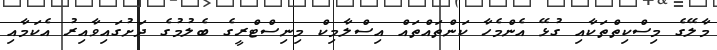
މާލޭގެ މިސްކިތްތަކާއި ގުޅޭ އެންމެހާ ކަންތައްތައް އިސްލާމިކް މިނިސްޓްރީގެ ބެލުމުގެ ދަށުގައިވާއިރު އެކަމާއި